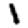
Digit: 1